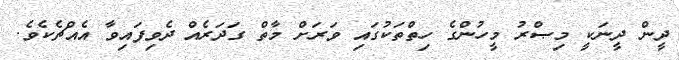
ދީން ދީނަކީ މިޞްރު މީހުންގެ ހިތްތަކުގައި ވަރަށް މާތް ގަދަރެއް ދެވިފައިވާ އެއްޗެކެވެ.